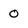
Character: 0